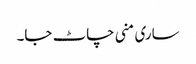
ساری منی چاٹ جا۔